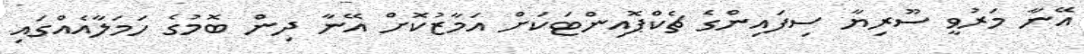
އޭނާ މަރުވީ ސޫރިޔާ ސިފައިންގެ ޗެކްޕޮއިންޓަކަށް އަމާޒުކޮށް އޭނާ ދިން ބޮމުގެ ހަމަލާއެއްގައި